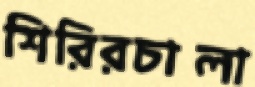
শিরিরচালা